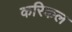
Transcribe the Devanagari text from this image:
करिकल